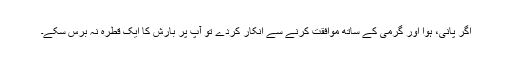
اگر پانی، ہوا اور گرمی کے ساتھ موافقت کرنے سے انکار کردے تو آپ پر بارش کا ایک قطرہ نہ برس سکے۔